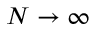
N \rightarrow \infty